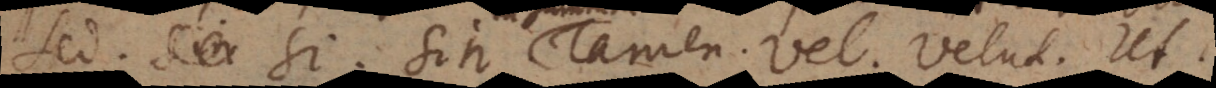
Sed. Si. Sin. Tamen. Vel. Velut. Ut.